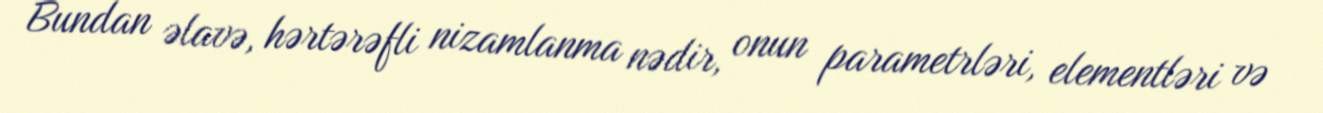
Bundan əlavə, hərtərəfli nizamlanma nədir, onun parametrləri, elementləri və